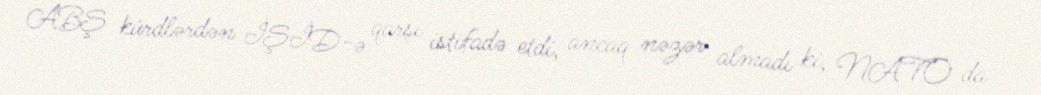
ABŞ kürdlərdən İŞİD-ə qarşı istifadə etdi, ancaq nəzər almadı ki, NATO da